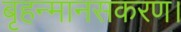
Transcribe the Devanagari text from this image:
बृहन्मानसकरण।